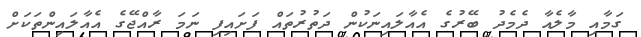
ގަމާއި މާލެއާ ދެމެދު ބޭރުގެ އެއާލައިނަކުން ދަތުރުތައް ފަށައިފި ނަމަ ރާއްޖޭގެ އެއާލައިންތަކަށް